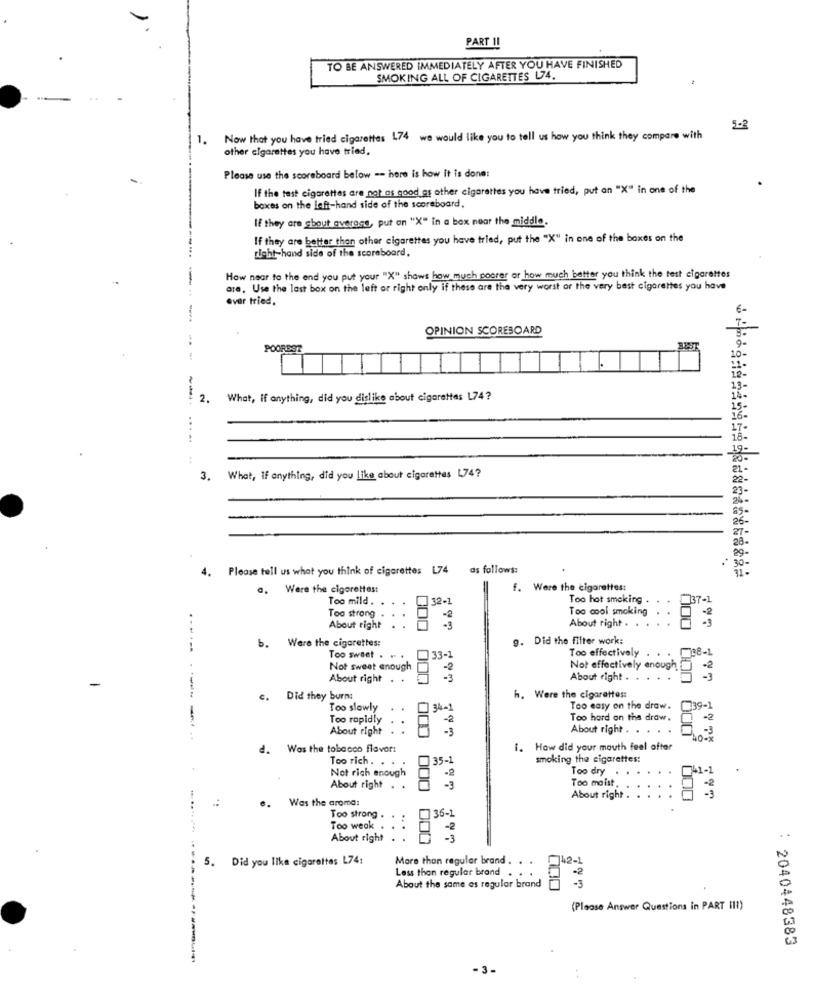
PART II
TO BE ANSWERED IMMEDIATELY AFTER YOU HAVE FINISHED
SMOKING ALL OF CIGARETTES L74.
5-2
1.
Now that you have tried cigarettes 174 we would like you to tell us how you think they compare with
other cigarettes you have tried.
Please use the scoreboard below -- here is how it is done:
If the test cigarettes are not as good as other cigarettes you have tried, put an "X" in one of the
boxes on the left-hand side of the scoreboard.
If they are about average, put on "X" in a box near the middle.
If they are better than other cigarettes you have tried, put the "X" in one of the boxes on the
right-hand side of the scoreboard.
How near to the end you put your "X" shows how much poorer or how much better you think the test cigarettes
are, Use the last box on the left or right only if these are the very worst of the very best cigarettes you have
ever tried.
OPINION SCOREBOARD
POOREST
2.
What, If anything, did you dislike about cigarettes L74?
.....
3.
What, IF anything, did you like about cigarettes 174?
28-
29-
4.
Please tell us what you think of cigarettes L74 as follows:
. 30-
Were the cigarettest
f. Were the cigarettes:
Too mild .
32-1
Too hot smoking .
37-1
Too strong
Too cool smoking
-2
About right
About right . . .
Were the cigarettes:
g. Did the filter work:
.-----
b.
33-
Too effectively
38-1
Too sweet . . .
Not sweet enough
-2
Not effectively enough
-2
About right . .
-3
About right . . .
c.
Did they burns
h. Were the cigarettes:
Too slowly
3%-1
Too easy on the draw.
739-1
-
Too rapidly
- 2
Too hard on the draw.
-2
About right
-3
About right . . . . .
-3
40-3
d. Was the tobacco flavor:
1.
How did your mouth feel after
Too rich. . .
35-1
smoking the cigarettes:
Not rich enough
Too dry
41-1
-2
Too moist
About right .
000
-3
Was the aroma:
About right .
Too strong .
36-1
Too weak
-2
About right
- 3
5.
Did you like cigarettes L74:
More than regular brand . .
742-1
Less than regular brand
-2
About the same as regular brand
-3
(Please Answer Questions in PART II1)
: 2040448383
-3-